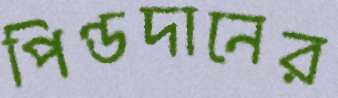
পিণ্ডদানের